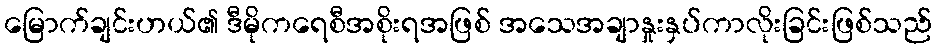
မြောက်ချင်းဟယ်၏ ဒီမိုကရေစီအစိုးရအဖြစ် အသေအချာနှုးနှပ်ကာလိုးခြင်းဖြစ်သည်